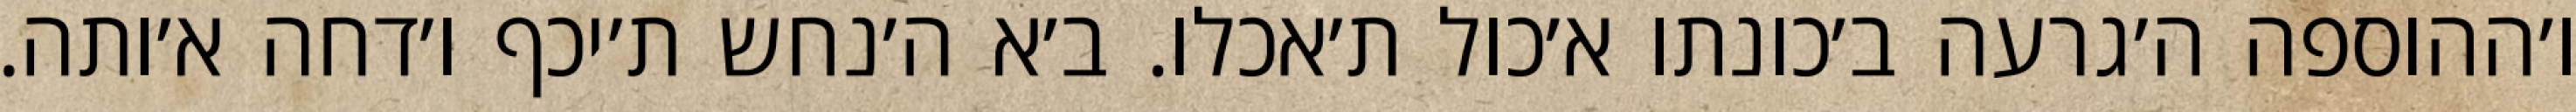
ו׳ההוספה ה׳גרעה ב׳כונתו א׳כול ת׳אכלו. ב׳א ה׳נחש ת׳יכף ו׳דחה א׳ותה.